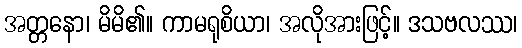
အတ္တနော၊ မိမိ၏။ ကာမရုစိယာ၊ အလိုအားဖြင့်။ ဒသဗလဿ၊